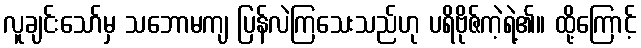
လူချင်းသော်မှ သဘောမကျ ပြန်လဲကြသေးသည်ဟု ပရိဗိုဇ်ကဲ့ရဲ့၏။ ထို့ကြောင့်